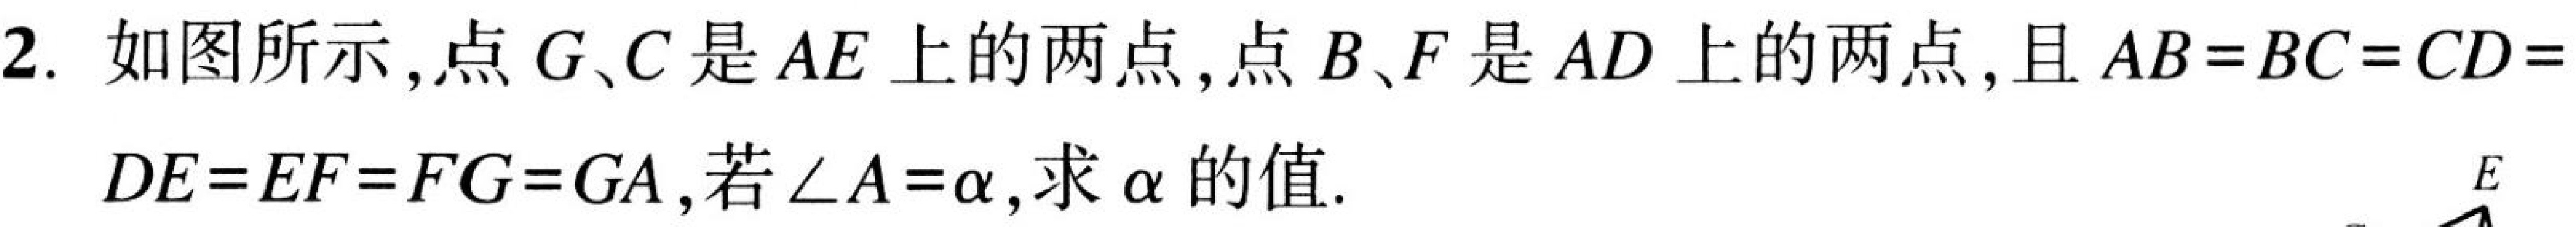
2. 如图所示,点\(G、C\)是\(AE\)上的两点,点\(B、F\)是\(AD\)上的两点,且\(AB = BC = CD = 2\).
\(DE = EF = FG = GA\),若\(\angle A=\alpha\),求\(\alpha\)的值.